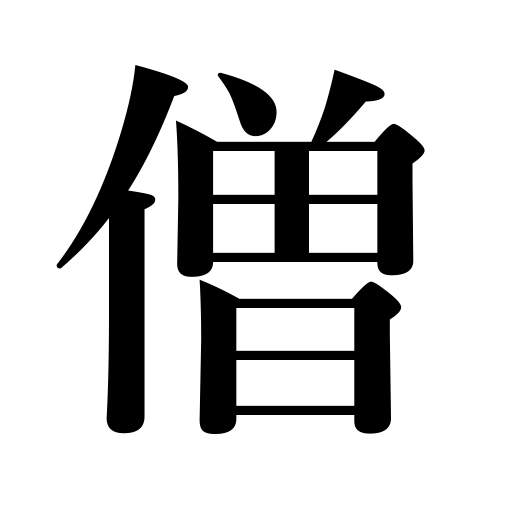
Meanings: monk,priest